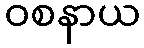
ဝစနာယ